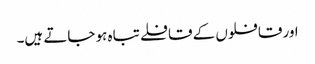
اور قافلوں کے قافلے تباہ ہو جاتے ہیں۔